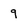
Character: 9